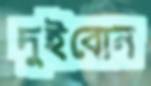
দুইবোন